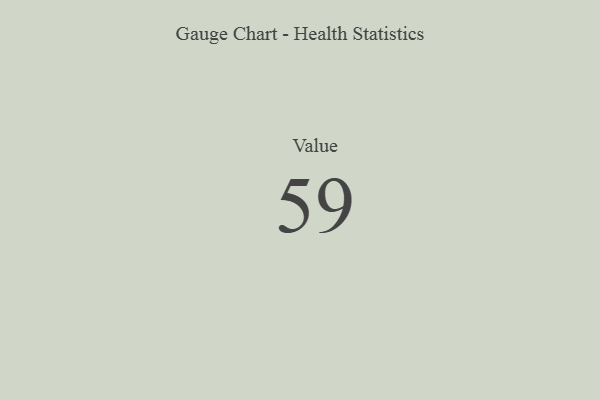
{"axis": {"x": "Metric", "y": "Value"}, "legend": [""], "data": [{"x": "Value", "y": 59, "type": ""}]}